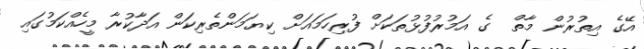
އޭގެ އިތުރުން މާތް  ގެ އަމުރުފުޅުތަކަށް ފުރިހަމައަށް ކިޔަމަންތެރިކަން އަދާކުރާ މީހެއްކަމުގައި